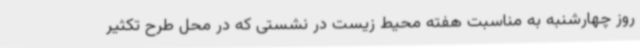
روز چهارشنبه به مناسبت هفته محیط زیست در نشستی که در محل طرح تکثیر